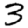
Digit: 3